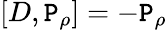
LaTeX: [D,\mathtt{P}_{\rho}]=-\mathtt{P}_{\rho}